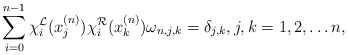
\begin{align*}\sum_{i=0}^{n-1}\chi_i^{\mathcal{L}}(x_j^{(n)})\chi_i^{\mathcal{R}}(x_k^{(n)})\omega_{n,j,k}=\delta_{j,k}, j,k = 1,2, \ldots n,\end{align*}